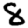
Digit: 8